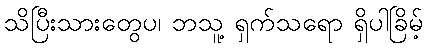
သိပြီးသားတွေပ၊ ဘသူ့ ရှက်သရော ရှိပါခြိမ့်